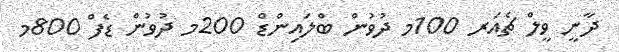
ދާނީ ވީލް ޗެއަރ 100މ ދުވުން ބްލައިންޑް 200މ ދުވުން ޑެފް 800މ